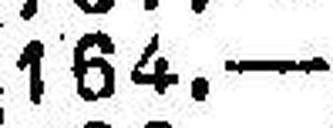
164.—